Causation and prevention of malarial fevers: a statement of the results of researches drawn up for the use of assistant surgeons, hospital assistants and students
Disease focus: Malaria
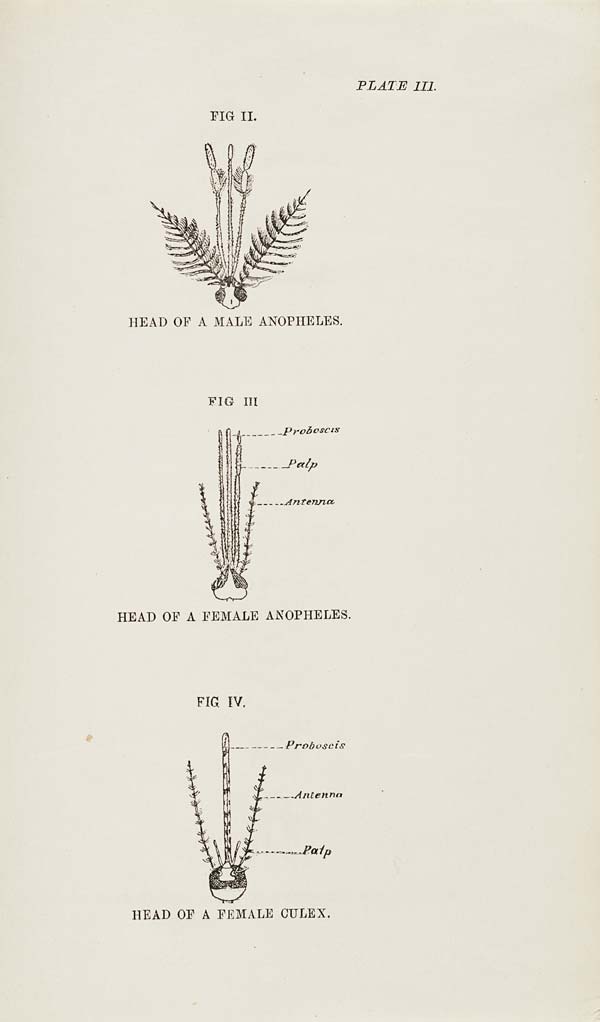
PLATE III.
FIG II.
HEAD OF A MALE ANOPHELES.
FIG III
HEAD OF A FEMALE ANOPHELES.
FIG IV.
HEAD OF A FEMALE CULEX.